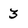
Character: 3